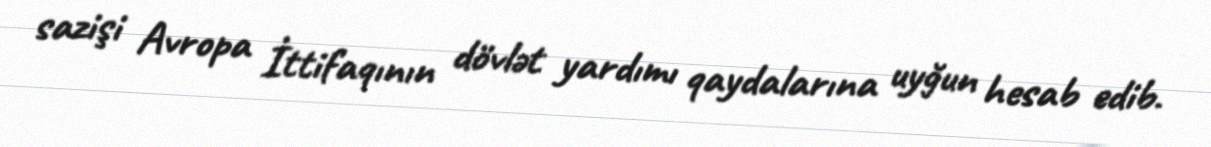
sazişi Avropa İttifaqının dövlət yardımı qaydalarına uyğun hesab edib.